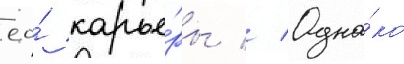
ео́ карье́ры // Одна́ко